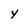
Character: Y